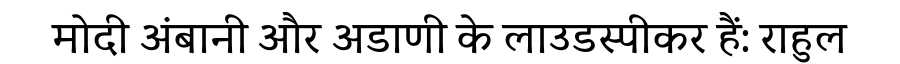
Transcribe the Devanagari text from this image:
मोदी अंबानी और अडाणी के लाउडस्पीकर हैं: राहुल